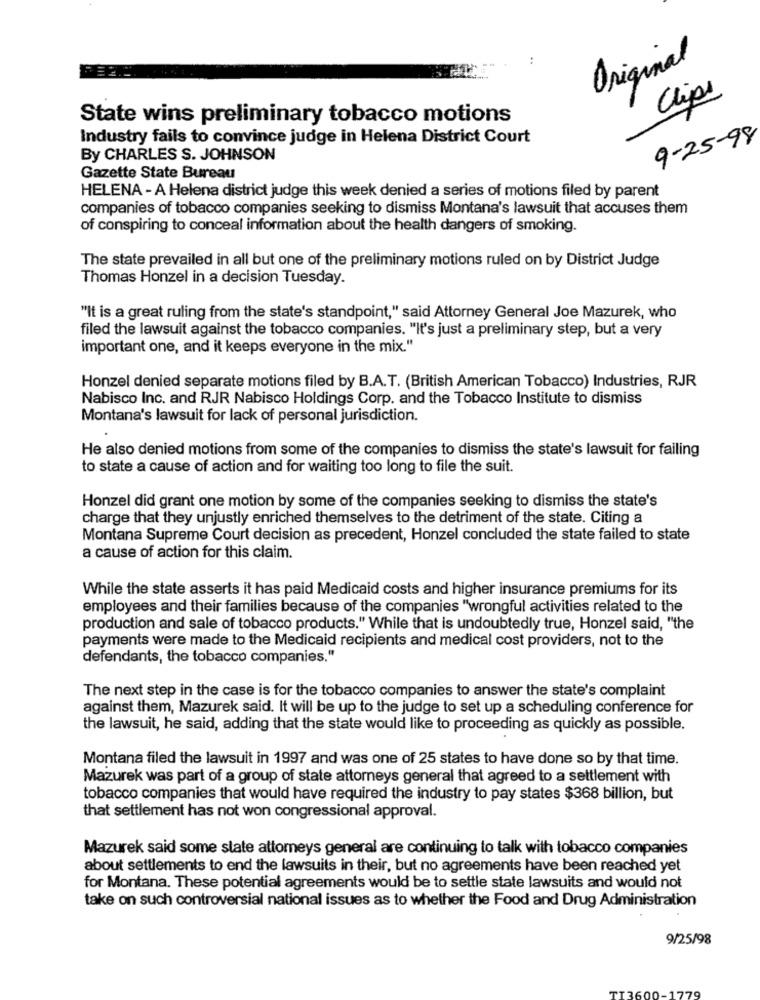
..
Original
Clips
State wins preliminary tobacco motions
Industry fails to convince judge in Helena District Court
9-25-98
By CHARLES S. JOHNSON
Gazette State Bureau
HELENA - A Helena district judge this week denied a series of motions filed by parent
companies of tobacco companies seeking to dismiss Montana's lawsuit that accuses them
of conspiring to conceal information about the health dangers of smoking.
The state prevailed in all but one of the preliminary motions ruled on by District Judge
Thomas Honzel in a decision Tuesday.
"It is a great ruling from the state's standpoint," said Attorney General Joe Mazurek, who
filed the lawsuit against the tobacco companies. "It's just a preliminary step, but a very
important one, and it keeps everyone in the mix."
Honzel denied separate motions filed by B.A.T. (British American Tobacco) Industries, RJR
Nabisco Inc. and RJR Nabisco Holdings Corp. and the Tobacco Institute to dismiss
Montana's lawsuit for lack of personal jurisdiction.
He also denied motions from some of the companies to dismiss the state's lawsuit for failing
to state a cause of action and for waiting too long to file the suit.
Honzel did grant one motion by some of the companies seeking to dismiss the state's
charge that they unjustly enriched themselves to the detriment of the state. Citing a
Montana Supreme Court decision as precedent, Honzel concluded the state failed to state
a cause of action for this claim.
While the state asserts it has paid Medicaid costs and higher insurance premiums for its
employees and their families because of the companies "wrongful activities related to the
production and sale of tobacco products." While that is undoubtedly true, Honzel said, "the
payments were made to the Medicaid recipients and medical cost providers, not to the
defendants, the tobacco companies."
The next step in the case is for the tobacco companies to answer the state's complaint
against them, Mazurek said. It will be up to the judge to set up a scheduling conference for
the lawsuit, he said, adding that the state would like to proceeding as quickly as possible.
Montana filed the lawsuit in 1997 and was one of 25 states to have done so by that time.
Mazurek was part of a group of state attorneys general that agreed to a settlement with
tobacco companies that would have required the industry to pay states $368 billion, but
that settlement has not won congressional approval.
Mazurek said some state attorneys general are continuing to talk with tobacco companies
about settlements to end the lawsuits in their, but no agreements have been reached yet
for Montana. These potential agreements would be to settle state lawsuits and would not
take on such controversial national issues as to whether the Food and Drug Administration
9/25/98
70